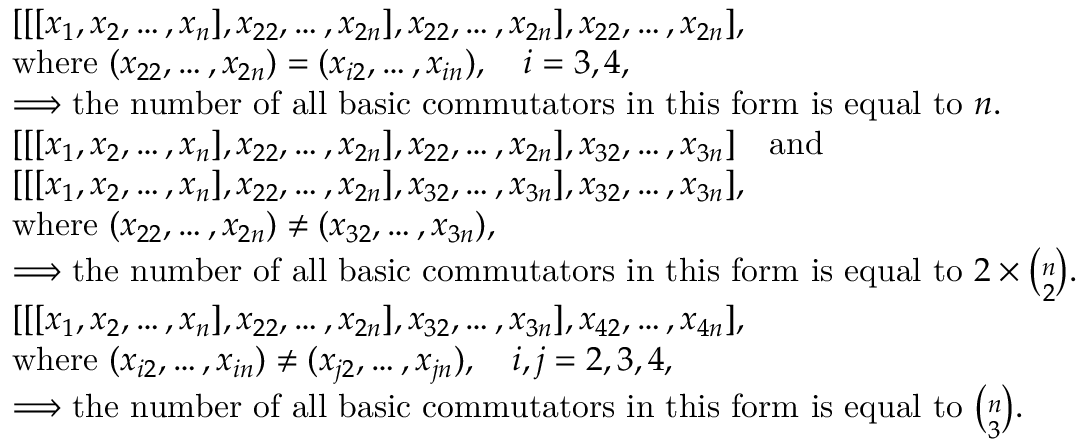
\begin{array} { r l } & { [ [ [ x _ { 1 } , x _ { 2 } , \dots , x _ { n } ] , x _ { 2 2 } , \dots , x _ { 2 n } ] , x _ { 2 2 } , \dots , x _ { 2 n } ] , x _ { 2 2 } , \dots , x _ { 2 n } ] , } \\ & { { \mathrm { w h e r e } } ~ ( x _ { 2 2 } , \dots , x _ { 2 n } ) = ( x _ { i 2 } , \dots , x _ { i n } ) , \quad i = 3 , 4 , } \\ & { \Longrightarrow { \mathrm { t h e ~ n u m b e r ~ o f ~ a l l ~ b a s i c ~ c o m m u t a t o r s ~ i n ~ t h i s ~ f o r m ~ i s ~ e q u a l ~ t o ~ } } n . } \\ & { [ [ [ x _ { 1 } , x _ { 2 } , \dots , x _ { n } ] , x _ { 2 2 } , \dots , x _ { 2 n } ] , x _ { 2 2 } , \dots , x _ { 2 n } ] , x _ { 3 2 } , \dots , x _ { 3 n } ] \quad { \mathrm { a n d } } } \\ & { [ [ [ x _ { 1 } , x _ { 2 } , \dots , x _ { n } ] , x _ { 2 2 } , \dots , x _ { 2 n } ] , x _ { 3 2 } , \dots , x _ { 3 n } ] , x _ { 3 2 } , \dots , x _ { 3 n } ] , } \\ & { { \mathrm { w h e r e } } ~ ( x _ { 2 2 } , \dots , x _ { 2 n } ) \neq ( x _ { 3 2 } , \dots , x _ { 3 n } ) , } \\ & { \Longrightarrow { \mathrm { t h e ~ n u m b e r ~ o f ~ a l l ~ b a s i c ~ c o m m u t a t o r s ~ i n ~ t h i s ~ f o r m ~ i s ~ e q u a l ~ t o ~ } } 2 \times { \binom { n } { 2 } } . \qquad \qquad \qquad } \\ & { [ [ [ x _ { 1 } , x _ { 2 } , \dots , x _ { n } ] , x _ { 2 2 } , \dots , x _ { 2 n } ] , x _ { 3 2 } , \dots , x _ { 3 n } ] , x _ { 4 2 } , \dots , x _ { 4 n } ] , } \\ & { { \mathrm { w h e r e } } ~ ( x _ { i 2 } , \dots , x _ { i n } ) \neq ( x _ { j 2 } , \dots , x _ { j n } ) , \quad i , j = 2 , 3 , 4 , } \\ & { \Longrightarrow { \mathrm { t h e ~ n u m b e r ~ o f ~ a l l ~ b a s i c ~ c o m m u t a t o r s ~ i n ~ t h i s ~ f o r m ~ i s ~ e q u a l ~ t o ~ } } { \binom { n } { 3 } } . \qquad \qquad \qquad \qquad \ } \end{array}